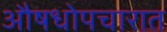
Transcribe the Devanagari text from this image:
औषधोपचारात